Lunatic asylums Central Provinces reports 1874-1885 - 1874-1885
Year: 1874
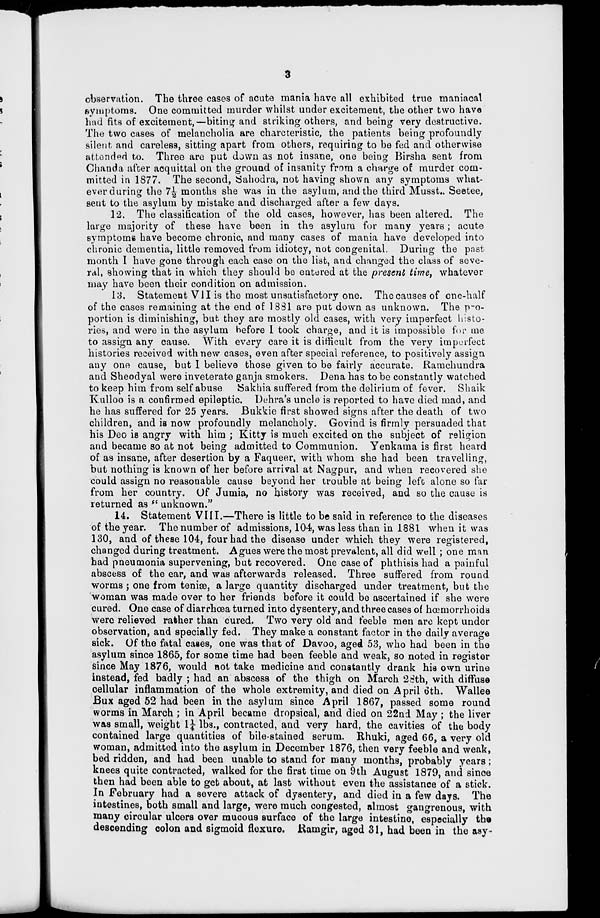
3
observation. The three cases of acute mania have all exhibited true maniacal
symptoms. One committed murder whilst under excitement, the other two have
had fits of excitement,— biting and striking others, and being very destructive.
The two cases of melancholia are charcteristic, the patients being profoundly
silent and careless, sitting apart from others, requiring to be fed and otherwise
attended to. Three are put down as not insane, one being Birsha sent from
Chanda after acquittal on the ground of insanity from a charge of murder com-
mitted in 1877. The second, Sahodra, not having shown any symptoms what-
ever during the 7½ months she was in the asylum, and the third Musst.. Seetee,
sent to the asylum by mistake and discharged after a few days.
12. The classification of the old cases, however, has been altered. The
large majority of these have been in the asylum for many years ; acute
symptoms have become chronic, and many cases of mania have developed into
chronic dementia, little removed from idiotcy, not congenital. During the past
month I have gone through each case on the list, and changed the class of seve-
ral, showing that in which they should be entered at the present time, whatever
may have been their condition on admission.
13. Statement VII is the most unsatisfactory one. The causes of one-half
of the cases remaining at the end of 1881 are put down as unknown. The pro-
portion is diminishing, but they are mostly old cases, with very imperfect histo-
ries, and were in the asylum before I took charge, and it is impossible for me
to assign any cause. With every care it is difficult from the very imperfect
histories received with new cases, even after special reference, to positively assign
any one cause, but I believe those given to be fairly accurate. Ramchundra
and Sheodyal were inveterate ganja smokers. Dena has to be constantly watched
to keep him from self abuse Sakhia suffered from the delirium of fever. Shaik
Kulloo is a confirmed epileptic. Dehra's uncle is reported to have died mad, and
he has suffered for 25 years. Bukkie first showed signs after the death of two
children, and is now profoundly melancholy. Govind is firmly persuaded that
his Deo is angry with him ; Kitty is much excited on the subject of religion
and became so at not being admitted to Communion. Yenkama is first heard
of as insane, after desertion by a Faqueer, with whom she had been travelling,
but nothing is known of her before arrival at Nagpur, and when recovered she
could assign no reasonable cause beyond her trouble at being left alone so far
from her country. Of Jumia, no history was received, and so the cause is
returned as " unknown."
14. Statement VIII.—There is little to be said in reference to the diseases
of the year. The number of admissions, 104, was less than in 1881 when it was
130, and of these 104, four had the disease under which they were registered,
changed during treatment. Agues were the most prevalent, all did well ; one man
had pneumonia supervening, but recovered. One case of phthisis had a painful
abscess of the ear, and was afterwards released. Three suffered from round
worms ; one from teniæ, a large quantity discharged under treatment, but the
woman was made over to her friends before it could be ascertained if she were
cured. One case of diarrhœa turned into dysentery, and three cases of hœmorrhoids
were relieved rather than cured. Two very old and feeble men are kept under
observation, and specially fed. They make a constant factor in the daily average
sick. Of the fatal cases, one was that of Davoo, aged 53, who had been in the
asylum since 1865, for some time had been feeble and weak, so noted in register
since May 1876, would not take medicine and constantly drank his own urine
instead, fed badly ; had an abscess of the thigh on March 28th, with diffuse
cellular inflammation of the whole extremity, and died on April 6th. Wallee
Bux aged 52 had been in the asylum since April 1867, passed some round
worms in March ; in April became dropsical, and died on 22nd May ; the liver
was small, weight 1¼ lbs., contracted, and very hard, the cavities of the body
contained large quantities of bile-stained serum. Rhuki, aged 66, a very old
woman, admitted into the asylum in December 1876, then very feeble and weak,
bed ridden, and had been unable to stand for many months, probably years ;
knees quite contracted, walked for the first time on 9th August 1879, and since
then had been able to get about, at last without even the assistance of a stick.
In February had a severe attack of dysentery, and died in a few days. The
intestines, both small and large, were much congested, almost gangrenous, with
many circular ulcers over mucous surface of the large intestine, especially the
descending colon and sigmoid flexure. Ramgir, aged 31, had been in the asy-